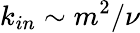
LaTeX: k_{in}\sim m^{2}/\nu